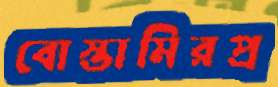
বোস্তামিরপ্র